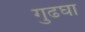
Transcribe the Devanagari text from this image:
गुढघा